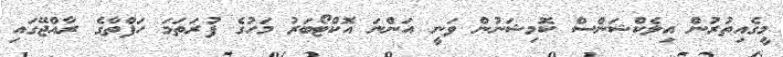
މީގެއިތުރުން އިލެކްޝަންސް ކޮމިޝަނުން ވަނީ އަންނަ އޮކްޓޯބަރު މަހުގެ ފުރަތަމަ ހަފްތާގެ ރާއްޖޭގައި